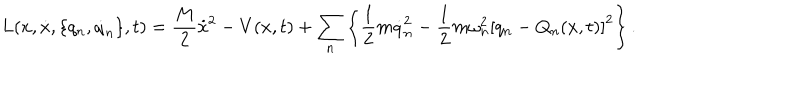
LaTeX: L ( x , \dot { x } , \{ q _ { n } , \dot { q } _ { n } \} , t ) = \frac { M } { 2 } \dot { x } ^ { 2 } - V ( x , t ) + \sum _ { n } \left\{ \frac { 1 } { 2 } m \dot { q } _ { n } ^ { 2 } - \frac { 1 } { 2 } m \omega _ { n } ^ { 2 } \left[ q _ { n } - Q _ { n } ( x , t ) \right] ^ { 2 } \right\} .